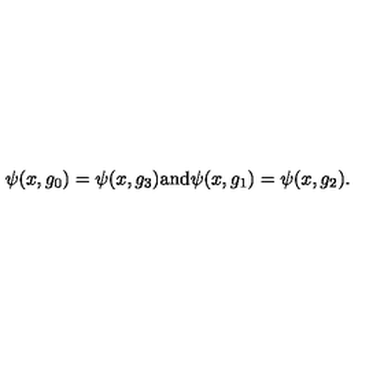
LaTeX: \psi ( x , g _ { 0 } ) = \psi ( x , g _ { 3 } ) \mathrm { a n d } \psi ( x , g _ { 1 } ) = \psi ( x , g _ { 2 } ) .